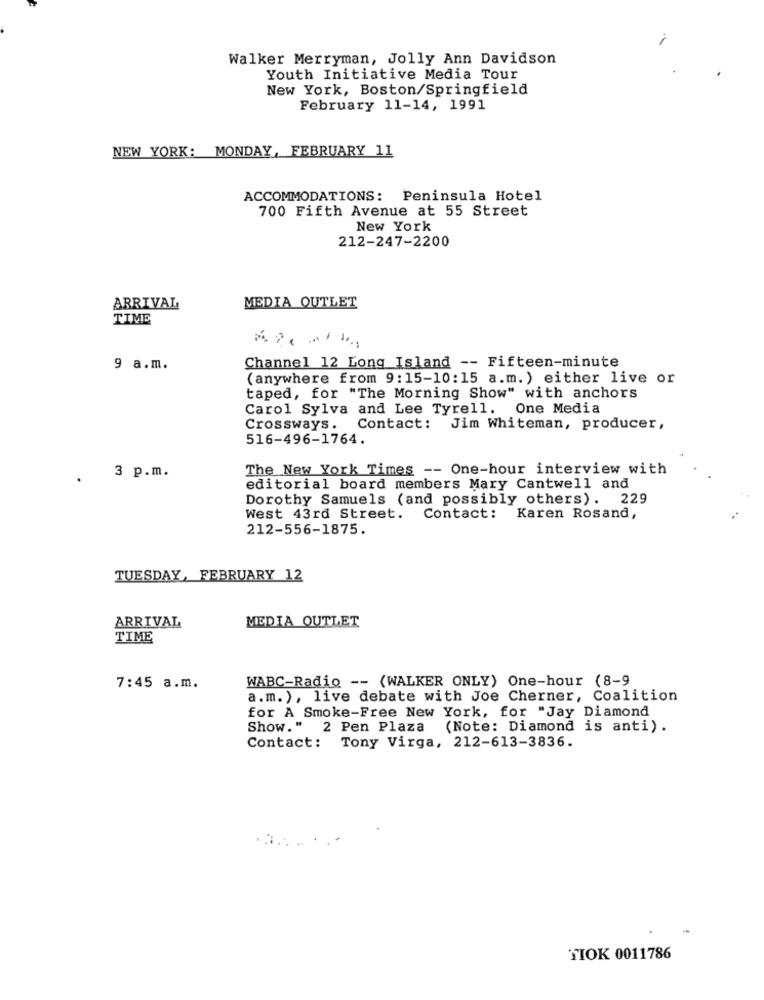
Walker Merryman, Jolly Ann Davidson
Youth Initiative Media Tour
New York, Boston/Springfield
February 11-14, 1991
NEW YORK: MONDAY, FEBRUARY 11
ACCOMMODATIONS: Peninsula Hotel
700 Fifth Avenue at 55 Street
New York
212-247-2200
ARRIVAL
MEDIA OUTLET
TIME
9 a.m.
Channel 12 Long Island -- Fifteen-minute
(anywhere from 9:15-10:15 a.m. ) either live or
taped, for "The Morning Show" with anchors
Carol Sylva and Lee Tyrell. One Media
Crossways.
Contact: Jim Whiteman, producer,
516-496-1764.
3 p.m.
The New York Times -- One-hour interview with
editorial board members Mary Cantwell and
Dorothy Samuels (and possibly others). 229
West 43rd Street.
Contact: Karen Rosand,
212-556-1875.
TUESDAY, FEBRUARY 12
MEDIA OUTLET
ARRIVAL
TIME
WABC-Radio -- (WALKER ONLY) One-hour (8-9
7:45 a.m.
a.m. ), live debate with Joe Cherner, Coalition
for A Smoke-Free New York, for "Jay Diamond
Show." 2 Pen Plaza
(Note: Diamond is anti) .
Contact: Tony Virga, 212-613-3836.
TIOK 0011786